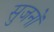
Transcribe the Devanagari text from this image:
सुजनों